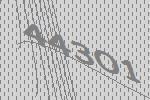
44301